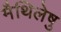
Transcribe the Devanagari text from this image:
मैथिलेषु